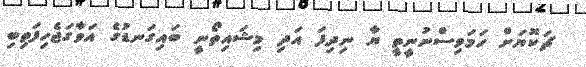
ޗަކޮޔަށް ހަމަވިސްނުނީތީ ޔާ ނިދިފަ އަދި މިޝައިތޯނީ ބައިގަނޑުގެ އަވާގަޖެހިފަތިބި